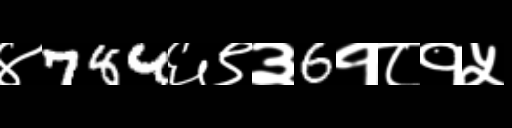
Text: ४784६९३6१८१५